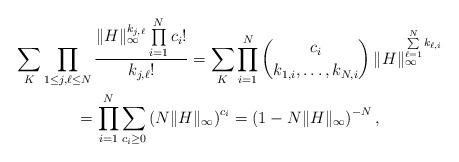
LaTeX: \begin{gather*}\sum_{K}\prod_{1\le j,\ell\le N}\frac{\|H\|_{\infty}^{k_{j,\ell}}\prod\limits_{i=1}^{N}c_{i}!}{k_{j,\ell}!}=\sum_{K}\prod_{i=1}^{N}\binom{c_{i}}{k_{1,i},\dotsc,k_{N,i}}\,\|H\| _{\infty}^{\sum\limits_{\ell=1}^{N}k_{\ell,i}} \\=\prod_{i=1}^{N}\sum_{c_i\ge0}\left(N\|H\|_{\infty}\right)^{c_i}=\left(1-N\|H\|_{\infty}\right)^{-N},\end{gather*}